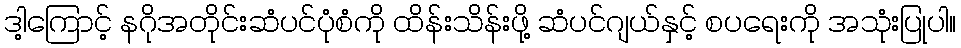
ဒါ့ကြောင့် နဂိုအတိုင်းဆံပင်ပုံစံကို ထိန်းသိန်းဖို့ ဆံပင်ဂျယ်နှင့် စပရေးကို အသုံးပြုပါ။